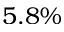
5 . 8 \%